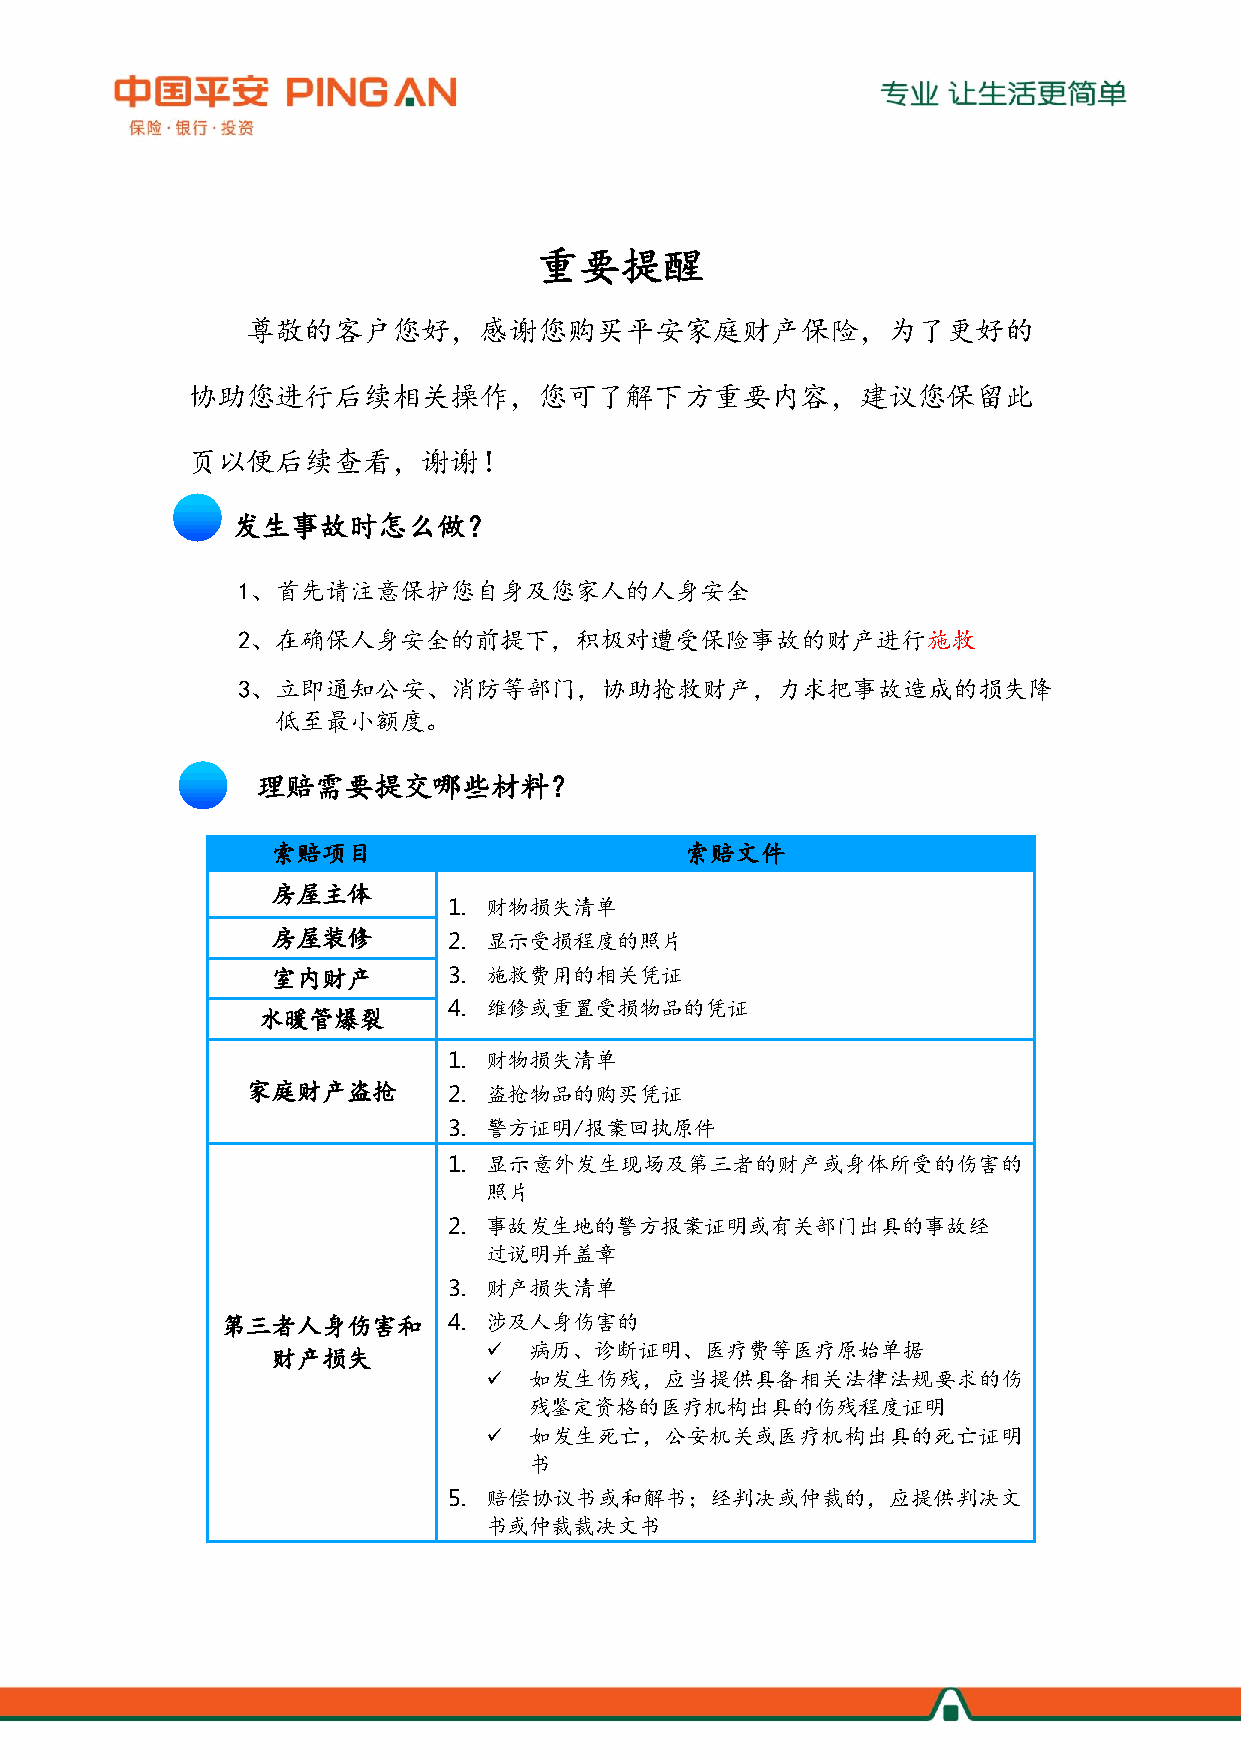
重要提醒
 尊敬的客户您好，感谢您购买平安家庭财产保险，为了更好的
 协助您进行后续相关操作，您可了解下方重要内容，建议您保留此
 页以便后续查看，谢谢！
 发生事故时怎么做？
 1、首先请注意保护您自身及您家人的人身安全
 2、在确保人身安全的前提下，积极对遭受保险事故的财产进行施救
 3、立即通知公安、消防等部门，协助抢救财产，力求把事故造成的损失降
 低至最小额度。
 理赔需要提交哪些材料？
 索赔项目                       索赔文件
 房屋主体
 1. 财物损失清单
 房屋装修        2. 显示受损程度的照片
 室内财产        3. 施救费用的相关凭证
 4. 维修或重置受损物品的凭证
 水暖管爆裂
 1. 财物损失清单
 家庭财产盗抢        2. 盗抢物品的购买凭证
 3. 警方证明/报案回执原件
 1. 显示意外发生现场及第三者的财产或身体所受的伤害的
 照片
 2. 事故发生地的警方报案证明或有关部门出具的事故经
 过说明并盖章
 3. 财产损失清单
 第三者人身伤害和       4. 涉及人身伤害的
 财产损失            病历、诊断证明、医疗费等医疗原始单据
   如发生伤残，应当提供具备相关法律法规要求的伤
 残鉴定资格的医疗机构出具的伤残程度证明
   如发生死亡，公安机关或医疗机构出具的死亡证明
 书
 5. 赔偿协议书或和解书；经判决或仲裁的，应提供判决文
 书或仲裁裁决文书